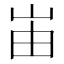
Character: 峀